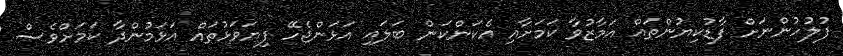
ފުލުހުންނަށް ފާޑުކިޔުންތައް އަމާޒުވާ ކަަމަށާއި އެކަންކަން ބަލައި އަޅަންޖެހޭ ފިޔަވަޅުތައް އަޅަމުންދާ ކަަމަށްވެސް